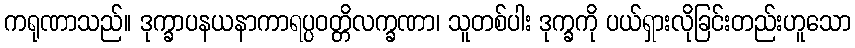
ကရုဏာသည်။ ဒုက္ခာပနယနာကာရပ္ပဝတ္တိလက္ခဏာ၊ သူတစ်ပါး ဒုက္ခကို ပယ်ရှားလိုခြင်းတည်းဟူသော